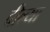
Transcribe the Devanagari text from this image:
दील्या